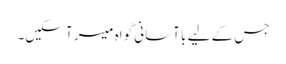
جس کے لیے با آسانی گواہ میسر آ سکیں۔